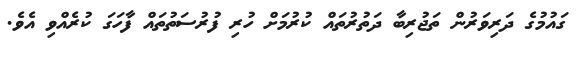
ގައުމުގެ ދަރިވަރުން ތަޖުރިބާ ދަތުރުތައް ކުރުމަށް ހުރި ފުރުސަތުތައް ފާހަގަ ކުރެއްވި އެވެ.